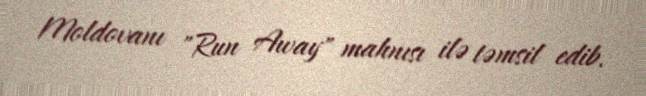
Moldovanı "Run Away" mahnısı ilə təmsil edib.